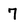
Character: 7